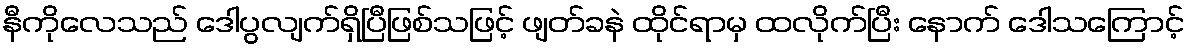
နီကိုလေသည် ဒေါပွလျက်ရှိပြီဖြစ်သဖြင့် ဖျတ်ခနဲ ထိုင်ရာမှ ထလိုက်ပြီး နောက် ဒေါသကြောင့်